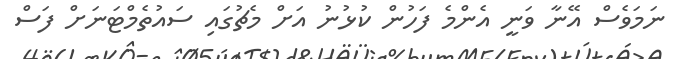
ނަމަވެސް އޭނާ ވަނީ އެންމެ ފަހުން ކުޅުނު އަށް މެޗުގައި ސައުތެމްޓަނަށް ފަސް